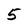
Character: 5